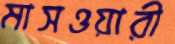
মাসওয়ারী